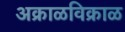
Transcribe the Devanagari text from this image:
अक्राळविक्राळ